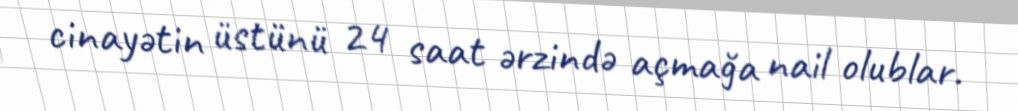
cinayətin üstünü 24 saat ərzində açmağa nail olublar.